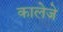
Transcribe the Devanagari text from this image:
कालेजे